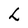
Character: h